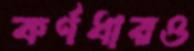
কর্ণধারও